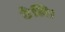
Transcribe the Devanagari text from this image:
ठेलि।